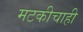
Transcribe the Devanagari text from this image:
मटकीचाही